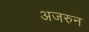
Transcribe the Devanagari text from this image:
अजरुन